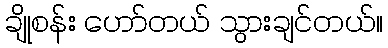
ချိုစန်း ဟော်တယ် သွားချင်တယ်။